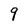
Character: 9